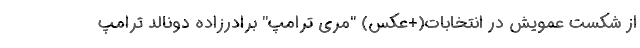
از شکست عمویش در انتخابات(+عکس) "مری ترامپ" برادرزاده دونالد ترامپ